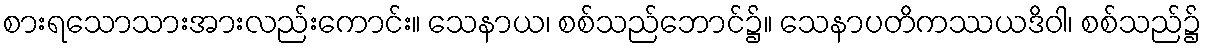
စားရသောသားအားလည်းကောင်း။ သေနာယ၊ စစ်သည်ဘောင်၌။ သေနာပတိကဿယဒိဝါ၊ စစ်သည်၌